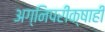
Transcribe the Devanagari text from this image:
अग्निपरीक्षाही